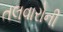
તલવારોની